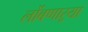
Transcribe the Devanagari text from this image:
लोंबणाऱ्या